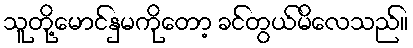
သူတို့မောင်နှမကိုတော့ ခင်တွယ်မိလေသည်။